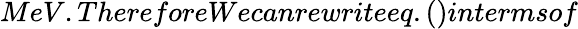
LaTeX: MeV.ThereforeWecanrewriteeq.()intermsof